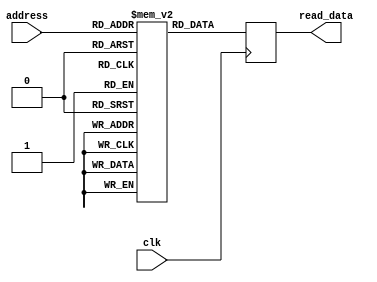
`timescale 1ns / 1ps
//////////////////////////////////////////////////////////////////////////////////
// Company: 
// Engineer: 
// 
// Design Name: 
// Module Name:    Kernal 
// Project Name: 
// Target Devices: 
// Tool versions: 
// Description: 
//
// Dependencies: 
//
// Revision: 
// Revision 0.01 - File Created
// Additional Comments: 
//
//////////////////////////////////////////////////////////////////////////////////
module Kernal(input clk, input [2:0] address, output reg [7:0] read_data
    );

reg [7:0] memory [6:0];

initial
 begin
	memory [0]=8'b00000001;
	memory [1]=8'b00001010;
	memory [2]=8'b00110010;
	memory [3]=8'b01100100;
	memory [4]=8'b00110010;
	memory [5]=8'b00001010;
	memory [6]=8'b00000001;
	
 end
 
 
always@(posedge clk)
begin
	
		read_data = memory [address];
	
end

endmodule